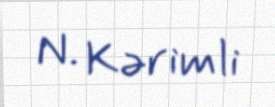
N. Kərimli